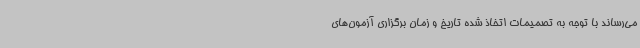
می‌رساند با توجه به تصمیمات اتخاذ شده تاریخ و زمان برگزاری آزمون‌های